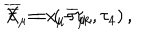
\overline { { { X } } } = x _ { \mu } \overline { { { \tau } } } _ { \mu } , \hspace { 0 . 3 i n } \overline { { { \tau } } } _ { \mu } = \left( - \tau _ { k } , \tau _ { 4 } \right) ,